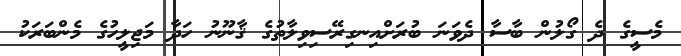
މެސީގެ ދެ ގޯލުން ބާސާ ދެވަނަ ބުރަށްއިނގިރޭސިވިލާތުގެ ޤާނޫނު ހަދާ މަޖިލީހުގެ މެންބަރަކު